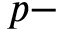
p -